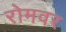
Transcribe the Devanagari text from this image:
रोमवर